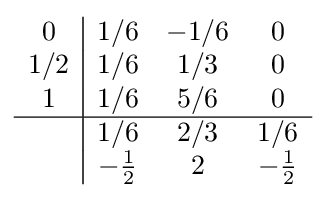
{\begin{array}{c|ccc}0&1/6&-1/6&0\\1/2&1/6&1/3&0\\1&1/6&5/6&0\\\hline &1/6&2/3&1/6\\&-{\frac {1}{2}}&2&-{\frac {1}{2}}\\\end{array}}